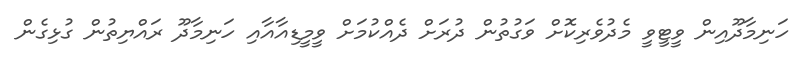
ހަނިމާދޫއިން ވީޓީވީ މެދުވެރިކޮށް ވަގުތުން ދުރަށް ދެއްކުމަށް ވީމީޑިއާއާއި ހަނިމާދޫ ރައްޔިތުން ގުޅިގެން